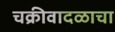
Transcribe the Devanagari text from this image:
चक्रीवादळाचा